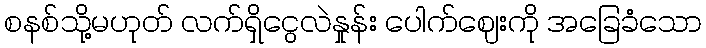
စနစ်သို့မဟုတ် လက်ရှိငွေလဲနှုန်း ပေါက်ဈေးကို အခြေခံသော